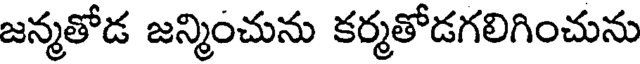
జన్మతోడ జన్మించును కర్మతోడగలిగించును